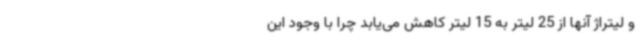
و لیتراژ آنها از 25 لیتر به 15 لیتر کاهش می‌یابد چرا با وجود این